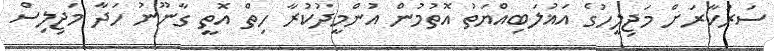
ސަރުކާރަށް މަޖިލީހުގެ އަޣުލަބިއްޔަތު އޮތުމުން އުންމީދުކުރާ ހިތް އޮތީ ގާނޫނު ހަދާ މަޖިލިސް